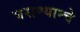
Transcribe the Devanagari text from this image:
घराण्यान्चे